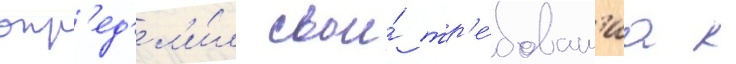
опр'ед'ел'и́л свои́ тр'е́бован'иа к